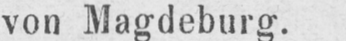
von Magdeburg.